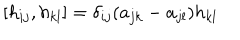
[ h _ { i j } , h _ { k l } ] = \delta _ { i j } ( a _ { j k } - a _ { j l } ) h _ { k l }